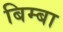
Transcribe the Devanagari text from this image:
बिम्बा